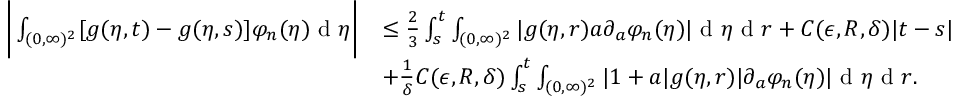
\begin{array} { r l } { \bigg | \int _ { ( 0 , \infty ) ^ { 2 } } [ g ( \eta , t ) - g ( \eta , s ) ] \varphi _ { n } ( \eta ) \textup { d } \eta \bigg | } & { \leq \frac { 2 } { 3 } \int _ { s } ^ { t } \int _ { ( 0 , \infty ) ^ { 2 } } | g ( \eta , r ) a \partial _ { a } \varphi _ { n } ( \eta ) | \textup { d } \eta \textup { d } r + C ( \epsilon , R , \delta ) | t - s | } \\ & { + \frac { 1 } { \delta } C ( \epsilon , R , \delta ) \int _ { s } ^ { t } \int _ { ( 0 , \infty ) ^ { 2 } } | 1 + a | g ( \eta , r ) | \partial _ { a } \varphi _ { n } ( \eta ) | \textup { d } \eta \textup { d } r . } \end{array}